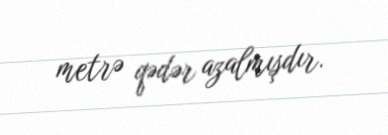
metrə qədər azalmışdır.